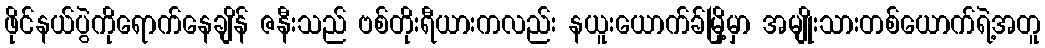
ဖိုင်နယ်ပွဲကိုရောက်နေချိန် ဇနီးသည် ဗစ်တိုးရီယားကလည်း နယူးယောက်ခ်မြို့မှာ အမျိုးသားတစ်ယောက်ရဲ့အတူ